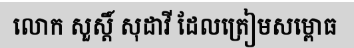
លោក សួស្តិ៍ សុដាវី ដែលត្រៀមសម្ពោធ